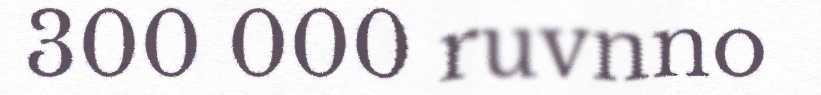
300 000 ruvnno